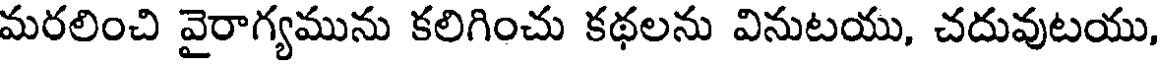
మరలించి వైరాగ్యమును కలిగించు కథలను వినుటయు, చదువుటయు,